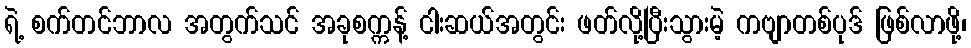
ရဲ့ စက်တင်ဘာလ အတွက်သင် အခုစက္ကန့် ငါးဆယ်အတွင်း ဖတ်လို့ပြီးသွားမဲ့ ကဗျာတစ်ပုဒ် ဖြစ်လာဖို့၊